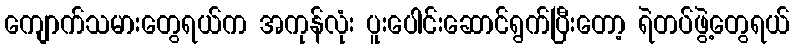
ကျောက်သမားတွေရယ်က အကုန်လုံး ပူးပေါင်းဆောင်ရွက်ပြီးတော့ ရဲတပ်ဖွဲ့တွေရယ်